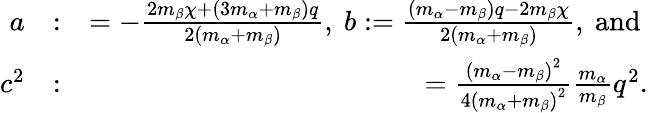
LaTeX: \begin{array}{rlr}{a}&{:}&{=-\frac{2m_{\beta}\chi+\left(3m_{\alpha}+m_{\beta}\right)q}{2\left(m_{\alpha}+m_{\beta}\right)}\mathrm{,~}b:=\frac{\left(m_{\alpha}-m_{\beta}\right)q-2m_{\beta}\chi}{2\left(m_{\alpha}+m_{\beta}\right)}\mathrm{,~and~}}\\ {c^{2}}&{:}&{=\frac{\left(m_{\alpha}-m_{\beta}\right)^{2}}{4\left(m_{\alpha}+m_{\beta}\right)^{2}}\frac{m_{\alpha}}{m_{\beta}}q^{2}.}\end{array}